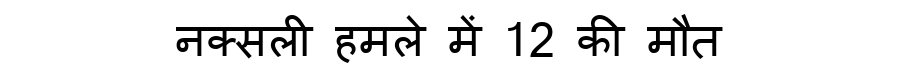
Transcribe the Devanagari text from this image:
नक्सली हमले में 12 की मौत